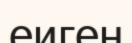
еиген